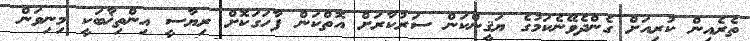
ތެރެއިން ކުރިއަށް ގެންދެވޭނެކަމުގެ ޔަޤީންކަން ސަރުކާރަށް އޮތްކަން ފާހަގަކޮށް ރިޔާސީ އިންތިޚާބަކީ މިނިވަން